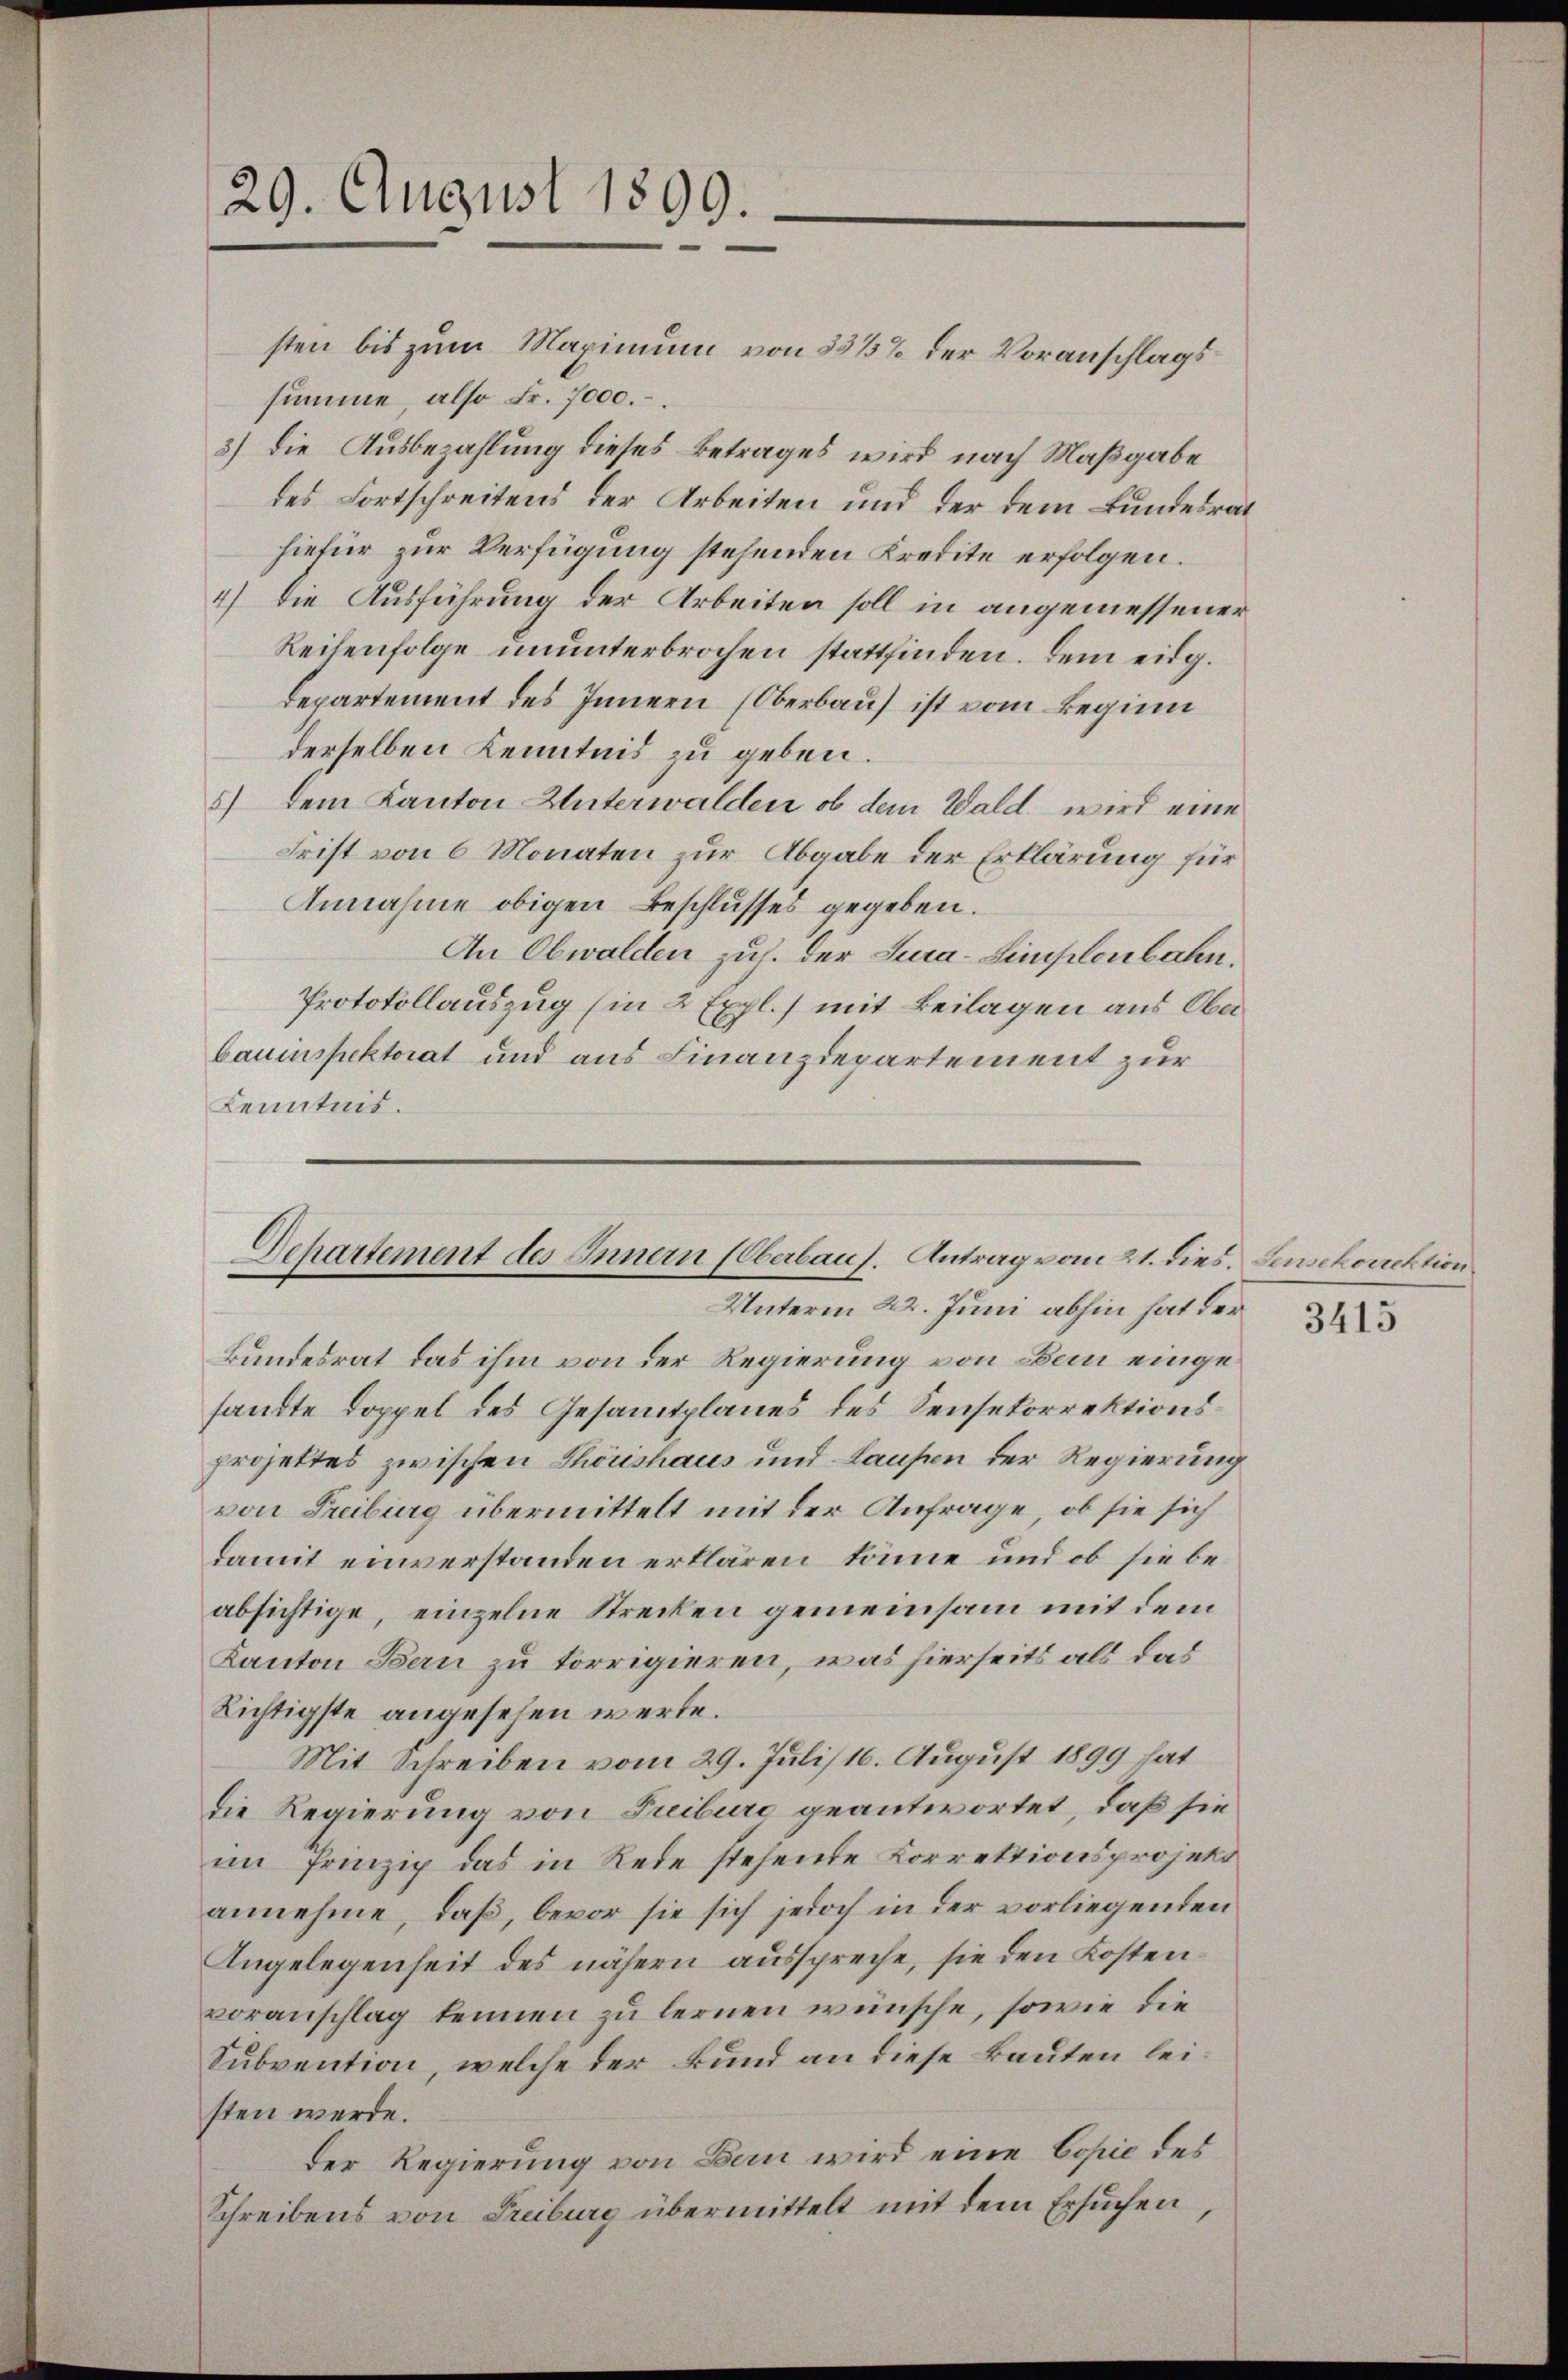
29. August 1899.

sten bis zum Maximum von 33%% der Voranschlagssumme also Fr. 7000.
3) Die Ausbezahlung dieses Betrages wird nach Maßgabe
des Fortschreitens der Arbeiten und der dem Bundesrat
hiefür zur Verfügung stehenden Kredite erfolgen.
4) Die Ausführung der Arbeiten soll in angemessener
Reihenfolge ununterbrochen stattfinden. Dem eidg.
Departement des Innern (Oberbau ist vom Beginn
derselben Kenntnis zu geben.
5) Dem Kanton Unterwalden ob dem Wald. wird eine
Frist von 6 Monaten zur Abgabe der Erklärung für
Annahme obigen Beschlusses gegeben.
An Obwalden zuh. der Jura-Simplenbahn.
Protokollauszug (in 2 Expl.) mit Beilagen aus Oberbauinspektorat und aus Finanzdepartement zur
Kenntnis.

Dehartement des Innern (Oberbaus. Antrag vom 21. dies. Feusikdirektion
Unterm 22. Juni abhin hat der

Bundesrat das ihm von der Regierung von Bau eingesandte Doppel des Gesamtplanes des Sensekorrektionsprojektes zwischen Thöishaus und Laufen der Regierung
von Freiburg übermittelt mit der Anfrage, ob sie sich
damit einverstanden erklären könne und ob sie beabsichtige, einzelne Strecken gemeinsam mit dem
Kanton Bern zu torrigieren, was hierseits als das
Lichtigste angesehen werde.
Mit Schreiben vom 29. Juli 16. August 1899 hat
die Regierung von Treiburg geantwortet, daß sie
im Prinzip das in Rede stehende Korrektionsprojekt
annehme, daß, bevor sie sich jedoch in der vorliegenden
Angelegenheit des nähern ausspreche, sie den Kostenvoranschlag kennen zu lernen wünsche, sowie die
Subvention, welche der Bund an diese Bauten leisten werde.
Der Regierung von Bern wird eine Copie des
Schreibens von Freiburg übermittelt mit dem Ersuchen,

3415